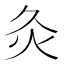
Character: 灸